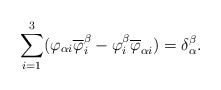
\begin{align*}\sum_{i=1}^3(\varphi_{\alpha i}\overline{\varphi}_i^\beta-\varphi_i^\beta\overline{\varphi}_{\alpha i})= \delta{ _\alpha ^\beta}.\end{align*}